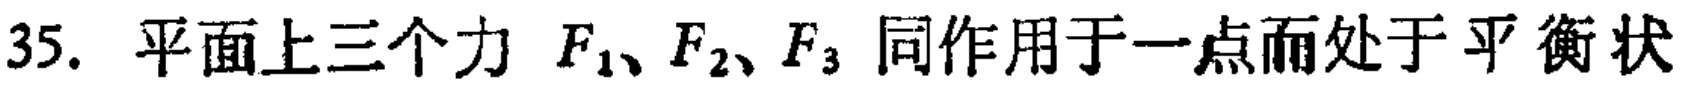
35. 平面上三个力 \(F_{1}、F_{2}、F_{3}\) 同作用于一点而处于平衡状